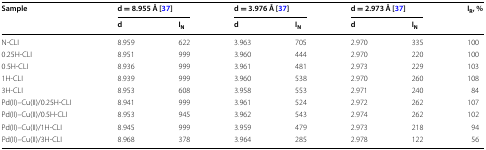
<table><thead><tr><td rowspan="2"><b>Sample</b></td><td colspan="2"><b>d = 8.955 Å [37]</b></td><td colspan="2"><b>d = 3.976 Å [37]</b></td><td colspan="2"><b>d = 2.973 Å [37]</b></td><td rowspan="2"><b>I<sub>R</sub>, %</b></td></tr><tr><td><b>d</b></td><td><b>I<sub>N</sub></b></td><td><b>d</b></td><td><b>I<sub>N</sub></b></td><td><b>d</b></td><td><b>I<sub>N</sub></b></td></tr></thead><tbody><tr><td>N-CLI</td><td>8.959</td><td>622</td><td>3.963</td><td>705</td><td>2.970</td><td>335</td><td>100</td></tr><tr><td>0.25H-CLI</td><td>8.951</td><td>999</td><td>3.960</td><td>444</td><td>2.970</td><td>220</td><td>100</td></tr><tr><td>0.5H-CLI</td><td>8.936</td><td>999</td><td>3.961</td><td>481</td><td>2.973</td><td>229</td><td>103</td></tr><tr><td>1H-CLI</td><td>8.939</td><td>999</td><td>3.960</td><td>538</td><td>2.970</td><td>260</td><td>108</td></tr><tr><td>3H-CLI</td><td>8.953</td><td>608</td><td>3.958</td><td>553</td><td>2.971</td><td>240</td><td>84</td></tr><tr><td>Pd(II)–Cu(II)/0.25H-CLI</td><td>8.941</td><td>999</td><td>3.961</td><td>524</td><td>2.972</td><td>262</td><td>107</td></tr><tr><td>Pd(II)–Cu(II)/0.5H-CLI</td><td>8.953</td><td>945</td><td>3.962</td><td>543</td><td>2.974</td><td>262</td><td>102</td></tr><tr><td>Pd(II)–Cu(II)/1H-CLI</td><td>8.945</td><td>999</td><td>3.959</td><td>479</td><td>2.973</td><td>218</td><td>94</td></tr><tr><td>Pd(II)–Cu(II)/3H-CLI</td><td>8.968</td><td>378</td><td>3.964</td><td>285</td><td>2.978</td><td>122</td><td>56</td></tr></tbody></table>